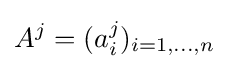
A^{j}=(a_{i}^{j})_{i=1,\dots ,n}